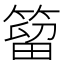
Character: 𥰣